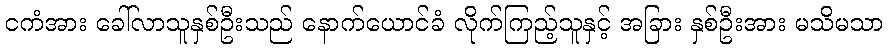
ငကံအား ခေါ်လာသူနှစ်ဦးသည် နောက်ယောင်ခံ လိုက်ကြည့်သူနှင့် အခြား နှစ်ဦးအား မသိမသာ